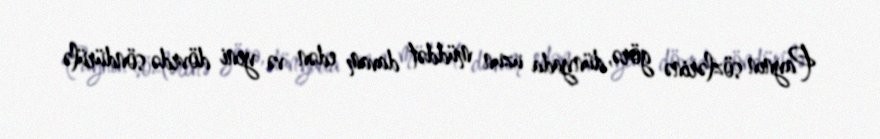
Paynın sözlərinə görə, dünyada uzun müddət davam edən və yeni dövrdə söndürülə